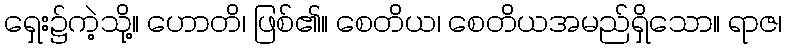
ရှေး၌ကဲ့သို့။ ဟောတိ၊ ဖြစ်၏။ စေတိယ၊ စေတိယအမည်ရှိသော။ ရာဇ၊